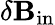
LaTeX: \delta{\mathbf{B}}_{\mathrm{{in}}}